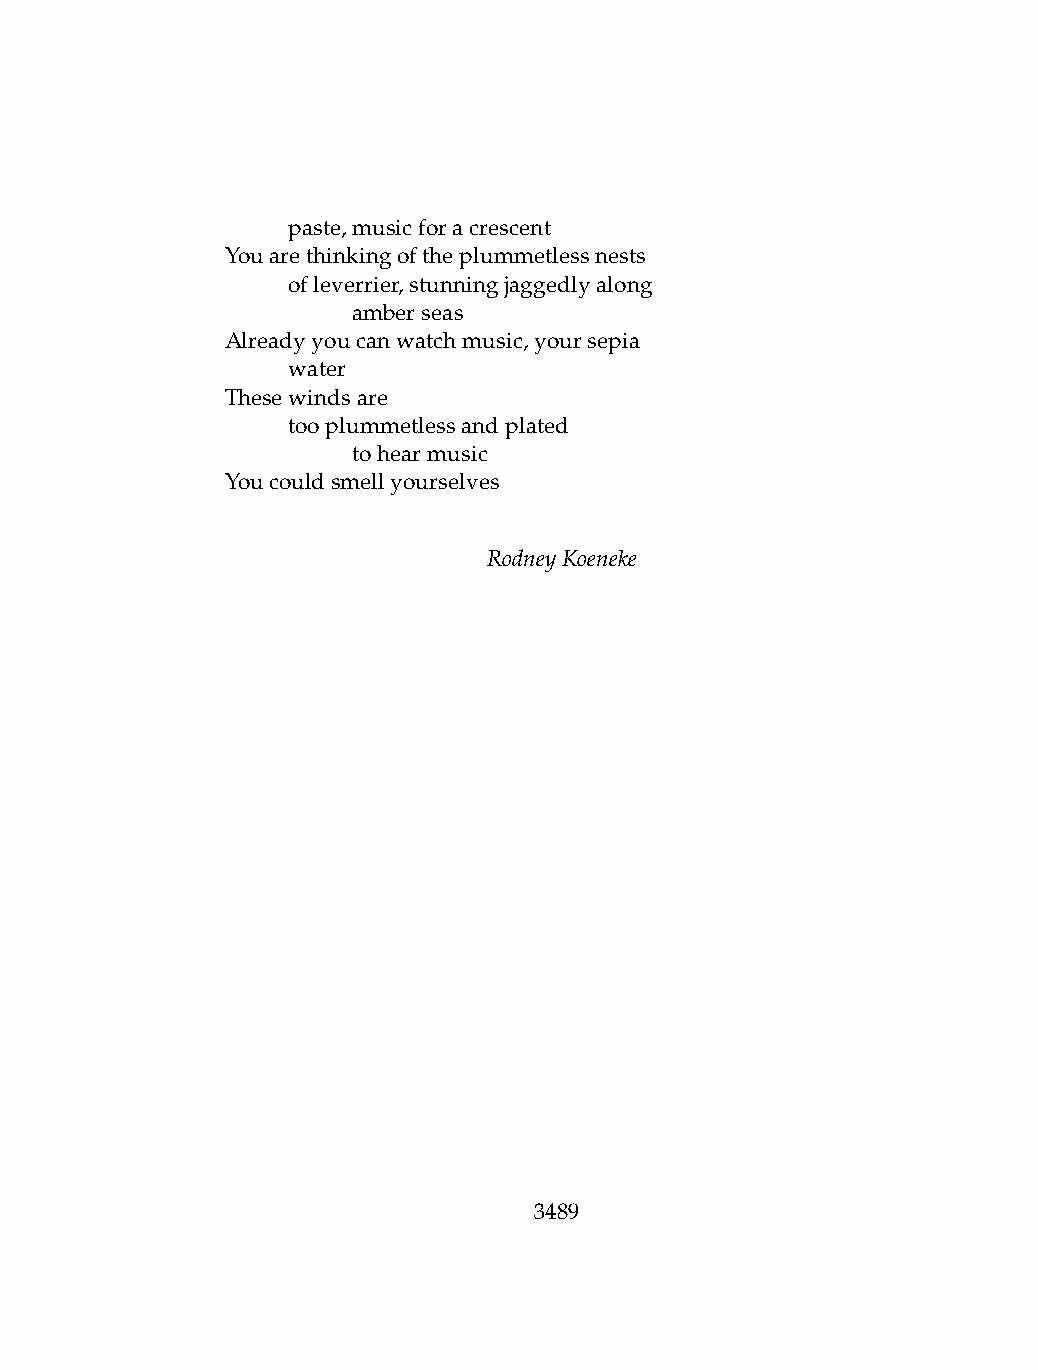
.   paste,musicforacrescent
 Youarethinkingoftheplummetlessnests
 .   ofleverrier,stunningjaggedlyalong
 .   .   amberseas
 Alreadyyoucanwatchmusic,yoursepia
 .   water
 Thesewindsare
 .   tooplummetlessandplated
 .   .   tohearmusic
 Youcouldsmellyourselves
 RodneyKoeneke
 3489